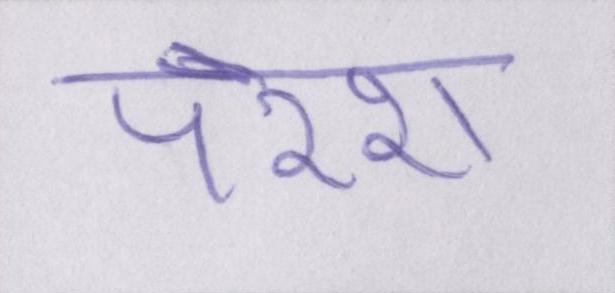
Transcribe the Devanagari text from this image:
परेश